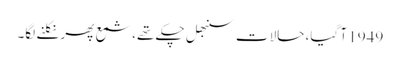
1949 آ گیا، حالات سنبھل چکے تھے، شمع پھر نکلنے لگا۔